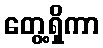
တွေ့ရှိကာ